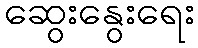
ဆွေးနွေးရေး